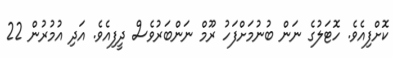
ކޮށްފިއެވެ. ހޮޓަލުގެ ނަން ބުނުމަށްފަހު ރޫމް ނަންބަރުވެސް ދީފިއެވެ. އަދި އުމުރުން 22